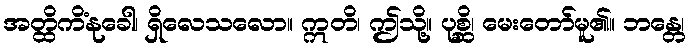
အတ္ထိကိံနုခေါ၊ ရှိလေသလော။ ဣတိ၊ ဤသို့။ ပုစ္ဆိ၊ မေးတော်မူ၏။ ဘန္တေ၊